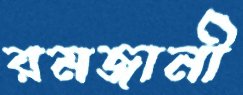
রমজানী